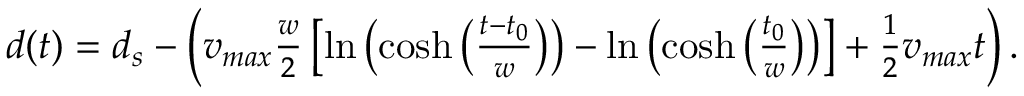
\begin{array} { r } { d ( t ) = d _ { s } - \left( v _ { m a x } \frac { w } { 2 } \left[ \ln \left( \cosh \left( \frac { t - t _ { 0 } } { w } \right) \right) - \ln \left( \cosh \left( \frac { t _ { 0 } } { w } \right) \right) \right] + \frac { 1 } { 2 } v _ { m a x } t \right) . } \end{array}